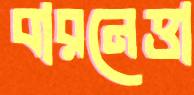
বারনেত্তা